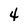
Character: 4